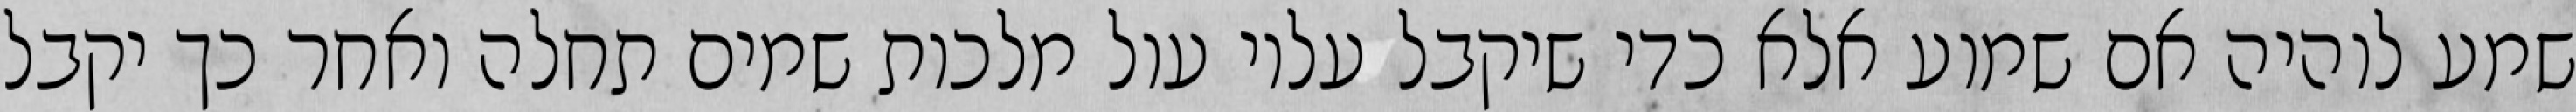
שמע לוהיה אם שמוע אלא כדי שיקבל עליו עול מלכות שמים תחלה ואחר כך יקבל